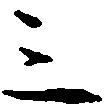
三